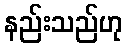
နည်းသည်ဟု